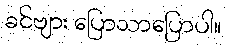
ခင်ဗျား ပြောသာပြောပါ။